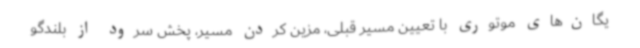
یگان‌های موتوری با تعیین مسیر قبلی، مزین کردن مسیر، پخش سرود از بلندگو